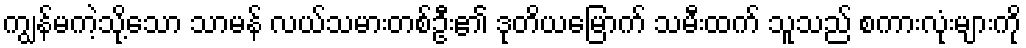
ကျွန်မကဲ့သို့သော သာမန် လယ်သမားတစ်ဦး၏ ဒုတိယမြောက် သမီးထက် သူသည် စကားလုံးများကို